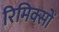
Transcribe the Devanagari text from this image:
रिमिक्सों